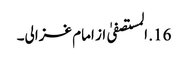
16. المستصفیٰ از امام غزالی۔